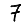
Digit: 7